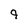
Character: q